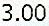
3.00